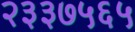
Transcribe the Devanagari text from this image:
२३३७५६५